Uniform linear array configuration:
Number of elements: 12
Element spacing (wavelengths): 0.75
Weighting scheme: binomial
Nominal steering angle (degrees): -45
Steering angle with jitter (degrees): -46.604
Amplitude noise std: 0.05
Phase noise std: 0.05

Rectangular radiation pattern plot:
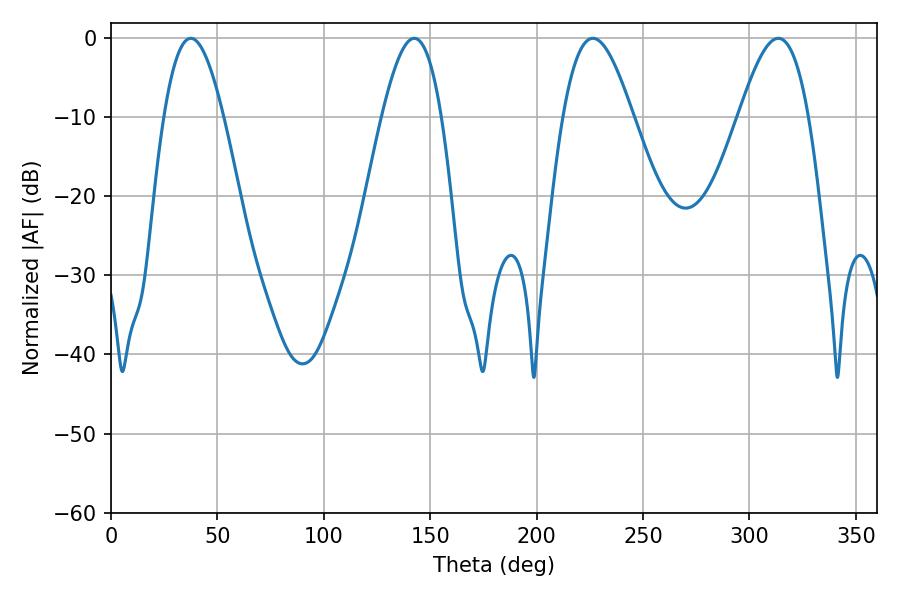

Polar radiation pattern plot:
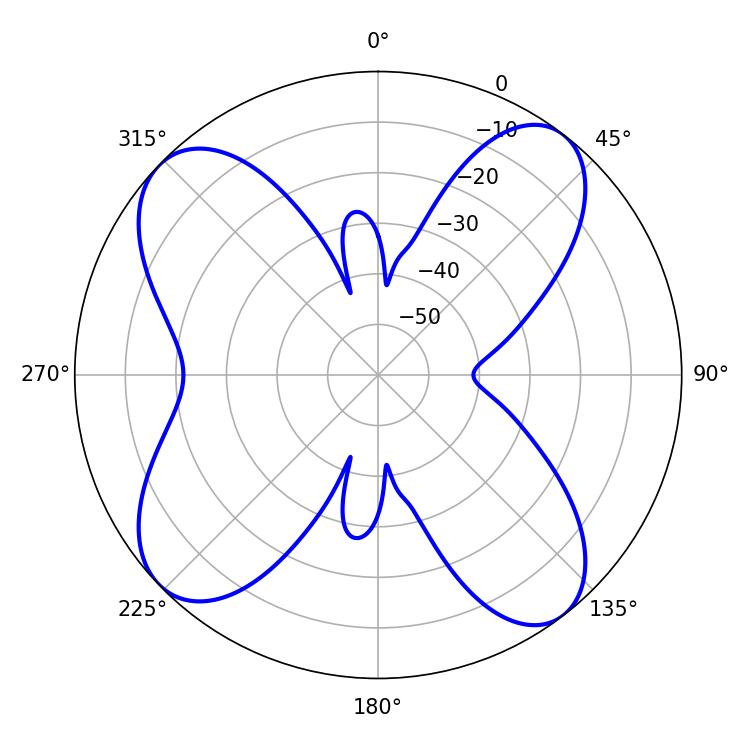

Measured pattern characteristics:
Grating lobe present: TRUE
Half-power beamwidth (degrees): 17.64
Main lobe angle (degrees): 313.56